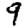
Digit: 9